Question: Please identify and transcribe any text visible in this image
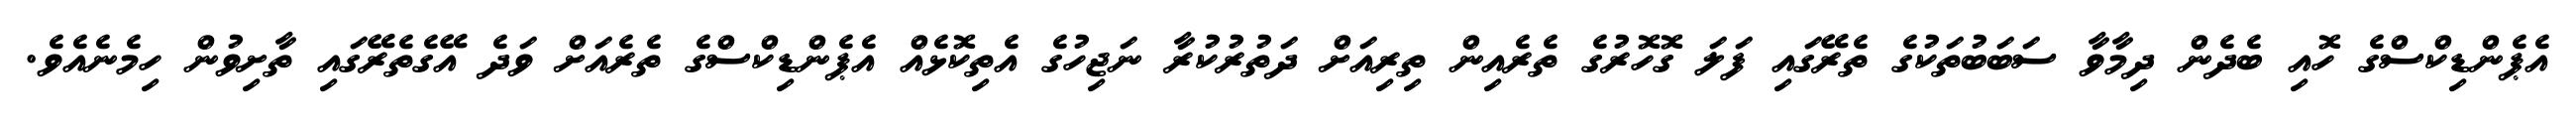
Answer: އެޕެންޑިކްސްގެ ހޮއި ބެދެން ދިމާވާ ސަބަބުތަކުގެ ތެރޭގައި ފަލަ ގޮހޮރުގެ ތެރެއިން ތިރިއަށް ދަތުރުކުރާ ނަޖިހުގެ އެތިކޮޅެއް އެޕެންޑިކްސްގެ ތެރެއަށް ވަދެ އޭގެތެރޭގައި ތާށިވުން ހިމެނެއެވެ.